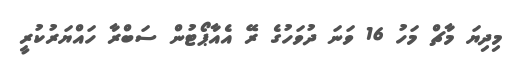
މިދިޔަ މާޗް މަހު 16 ވަނަ ދުވަހުގެ ރޭ އެއާޕޯޓުން ސަބްރާ ހައްޔަރުކުރީ